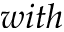
w i t h